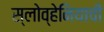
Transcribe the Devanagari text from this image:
स्लोव्हेनियाची